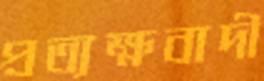
প্রত্যক্ষবাদী